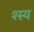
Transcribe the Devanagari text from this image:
श्स्य